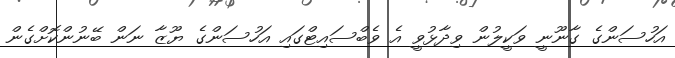
އަހުސަންގެ ގާނޫނީ ވަކީލުން ވިދާޅުވީ އެ ވެބްސައިޓްގައި އަހުސަންގެ ޔޫޒާ ނަން ބޭނުންކޮށްގެން